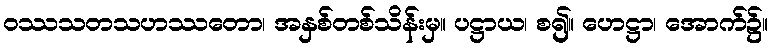
ဝဿသတသဟဿတော၊ အနှစ်တစ်သိန်းမှ။ ပဋ္ဌာယ၊ စ၍။ ဟေဋ္ဌာ၊ အောက်၌။